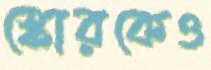
স্কোরকেও